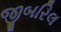
જીબરિલ